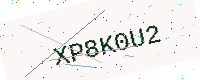
Text: XP8K0U2